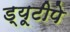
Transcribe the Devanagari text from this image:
ड्यूटीपे